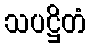
သပဋ္ဌိတံ